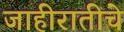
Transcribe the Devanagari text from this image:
जाहीरातीचे